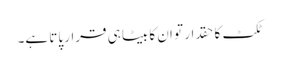
ٹکٹ کا حقدار تو ان کا بیٹا ہی قرار پاتا ہے۔